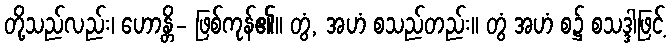
တို့သည်လည်း၊ ဟောန္တိ- ဖြစ်ကုန်၏။ တွံ, အဟံ စသည်တည်း။ တွံ အဟံ စ၌ စသဒ္ဒါဖြင့်